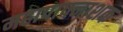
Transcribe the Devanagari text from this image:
महापापनाशक